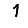
Digit: 1